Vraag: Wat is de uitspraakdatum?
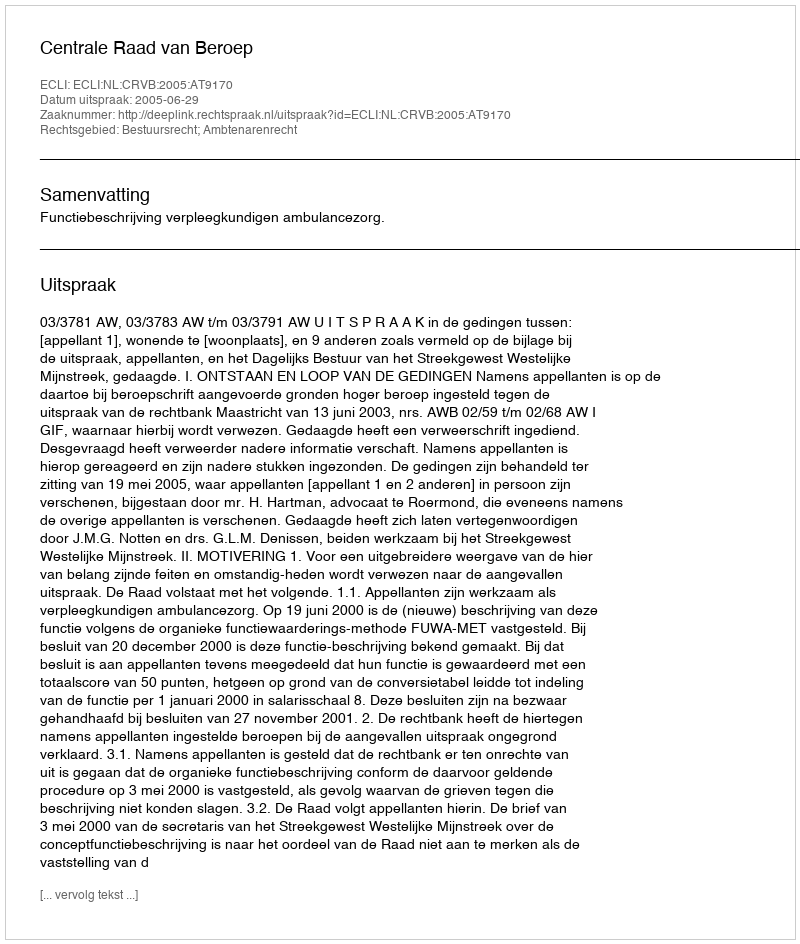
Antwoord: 2005-06-29